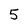
Character: 5